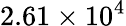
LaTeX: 2.61\times 10^{4}